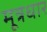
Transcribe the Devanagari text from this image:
मूत्रधार